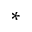
^ *